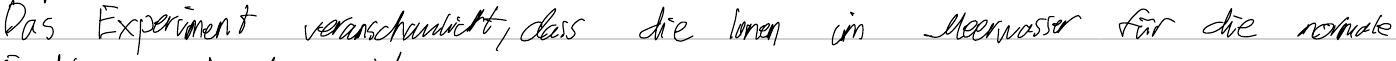
Das Experiment veranschaulicht, dass die Ionen im Meerwasser für die normale